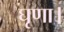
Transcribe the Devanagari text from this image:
घृणा।